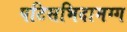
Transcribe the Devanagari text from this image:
पटिसभिदामग्ग